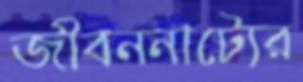
জীবননাট্যের